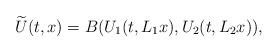
LaTeX: \begin{align*}\widetilde{U}(t,x) = B(U_1(t,L_1x), U_2(t,L_2x)),\end{align*}